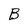
Character: B